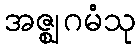
အဇ္ဈဂမံသု